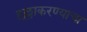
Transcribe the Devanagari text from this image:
हल्लाकरण्याचा